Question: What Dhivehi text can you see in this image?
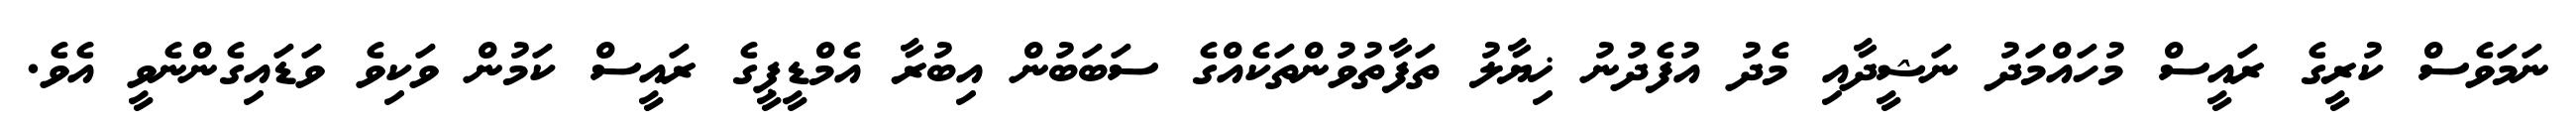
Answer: ނަމަވެސް ކުރީގެ ރައީސް މުހައްމަދު ނަޝީދާއި މެދު އުފެދުނު ޚިޔާލު ތަފާތުވުންތަކެއްގެ ސަބަބުން އިބުރާ އެމްޑީޕީގެ ރައީސް ކަމުން ވަކިވެ ވަޑައިގެންނެވީ އެވެ.